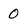
Character: 0